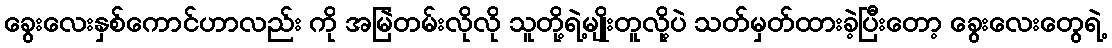
ခွေးလေးနှစ်ကောင်ဟာလည်း ကို အမြဲတမ်းလိုလို သူတို့ရဲ့မျိုးတူလို့ပဲ သတ်မှတ်ထားခဲ့ပြီးတော့ ခွေးလေးတွေရဲ့